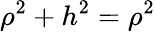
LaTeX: \rho^{2}+h^{2}=\rho^{2}